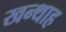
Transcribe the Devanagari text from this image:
खन्‍थाह